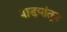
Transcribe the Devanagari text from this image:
वाडयांतून